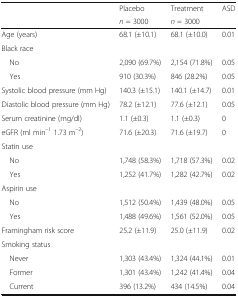
| <ROWSPAN=2>  | Placebo | Treatment | <ROWSPAN=2> ASD |
 | n = 3000 | n = 3000 |
 | --- | --- | --- | --- |
 | Age (years) | 68.1 (±10.1) | 68.1 (±10.0) | 0.01 |
 | <COLSPAN=4> Black race |
 | No | 2,090 (69.7%) | 2,154 (71.8%) | 0.05 |
 | Yes | 910 (30.3%) | 846 (28.2%) | 0.05 |
 | Systolic blood pressure (mm Hg) | 140.3 (±15.1) | 140.1 (±14.7) | 0.01 |
 | Diastolic blood pressure (mm Hg) | 78.2 (±12.1) | 77.6 (±12.1) | 0.05 |
 | Serum creatinine (mg/dl) | 1.1 (±0.3) | 1.1 (±0.3) | 0 |
 | eGFR (ml min–1 1.73 m–2) | 71.6 (±20.3) | 71.6 (±19.7) | 0 |
 | <COLSPAN=4> Statin use |
 | No | 1,748 (58.3%) | 1,718 (57.3%) | 0.02 |
 | Yes | 1,252 (41.7%) | 1,282 (42.7%) | 0.02 |
 | <COLSPAN=4> Aspirin use |
 | No | 1,512 (50.4%) | 1,439 (48.0%) | 0.05 |
 | Yes | 1,488 (49.6%) | 1,561 (52.0%) | 0.05 |
 | Framingham risk score | 25.2 (±11.9) | 25.0 (±11.9) | 0.02 |
 | <COLSPAN=4> Smoking status |
 | Never | 1,303 (43.4%) | 1,324 (44.1%) | 0.01 |
 | Former | 1,301 (43.4%) | 1,242 (41.4%) | 0.04 |
 | Current | 396 (13.2%) | 434 (14.5%) | 0.04 |